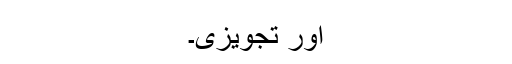
اور تجویزی۔